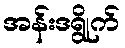
အန်းဒရွိုက်